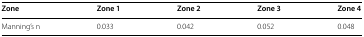
<table><thead><tr><td><b>Zone</b></td><td><b>Zone 1</b></td><td><b>Zone 2</b></td><td><b>Zone 3</b></td><td><b>Zone 4</b></td></tr></thead><tbody><tr><td>Manning’s n</td><td>0.033</td><td>0.042</td><td>0.052</td><td>0.048</td></tr></tbody></table>